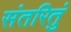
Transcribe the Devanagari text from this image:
संतरितुं